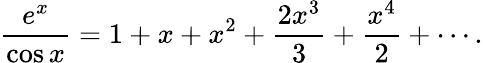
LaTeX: {\frac{e^{x}}{\cos x}}=1+x+x^{2}+{\frac{2x^{3}}{3}}+{\frac{x^{4}}{2}}+\cdots.